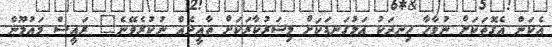
އެކަން އެގޮތަކަށް ނުވާހާ ހިނދަކު އަޅުގަނޑަކަށް މިސަރުކާރަކަށް ތާއީދެއް ނުކުރެވޭނެ" ރައީސް މައުމޫން